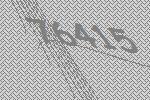
76415